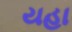
યહા